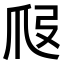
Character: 𤓷